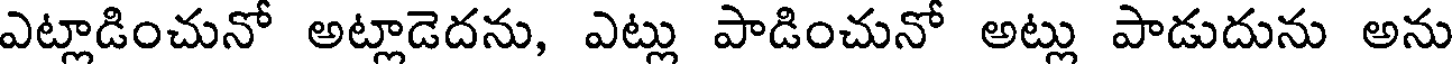
ఎట్లాడించునో అట్లాడెదను, ఎట్లు పాడించునో అట్లు పాడుదును అను